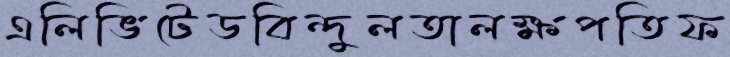
এলিভিটেডবিন্দুলতালক্ষপতিফ